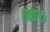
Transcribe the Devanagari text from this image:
।कंठ